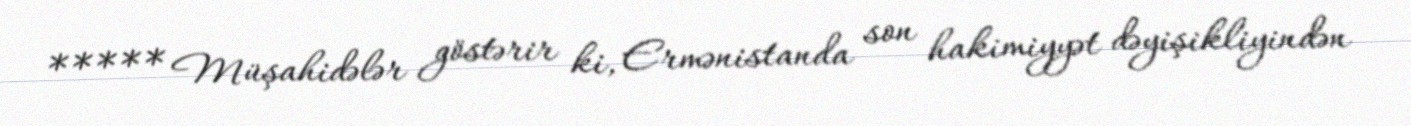
***** Müşahidələr göstərir ki, Ermənistanda son hakimiyyət dəyişikliyindən